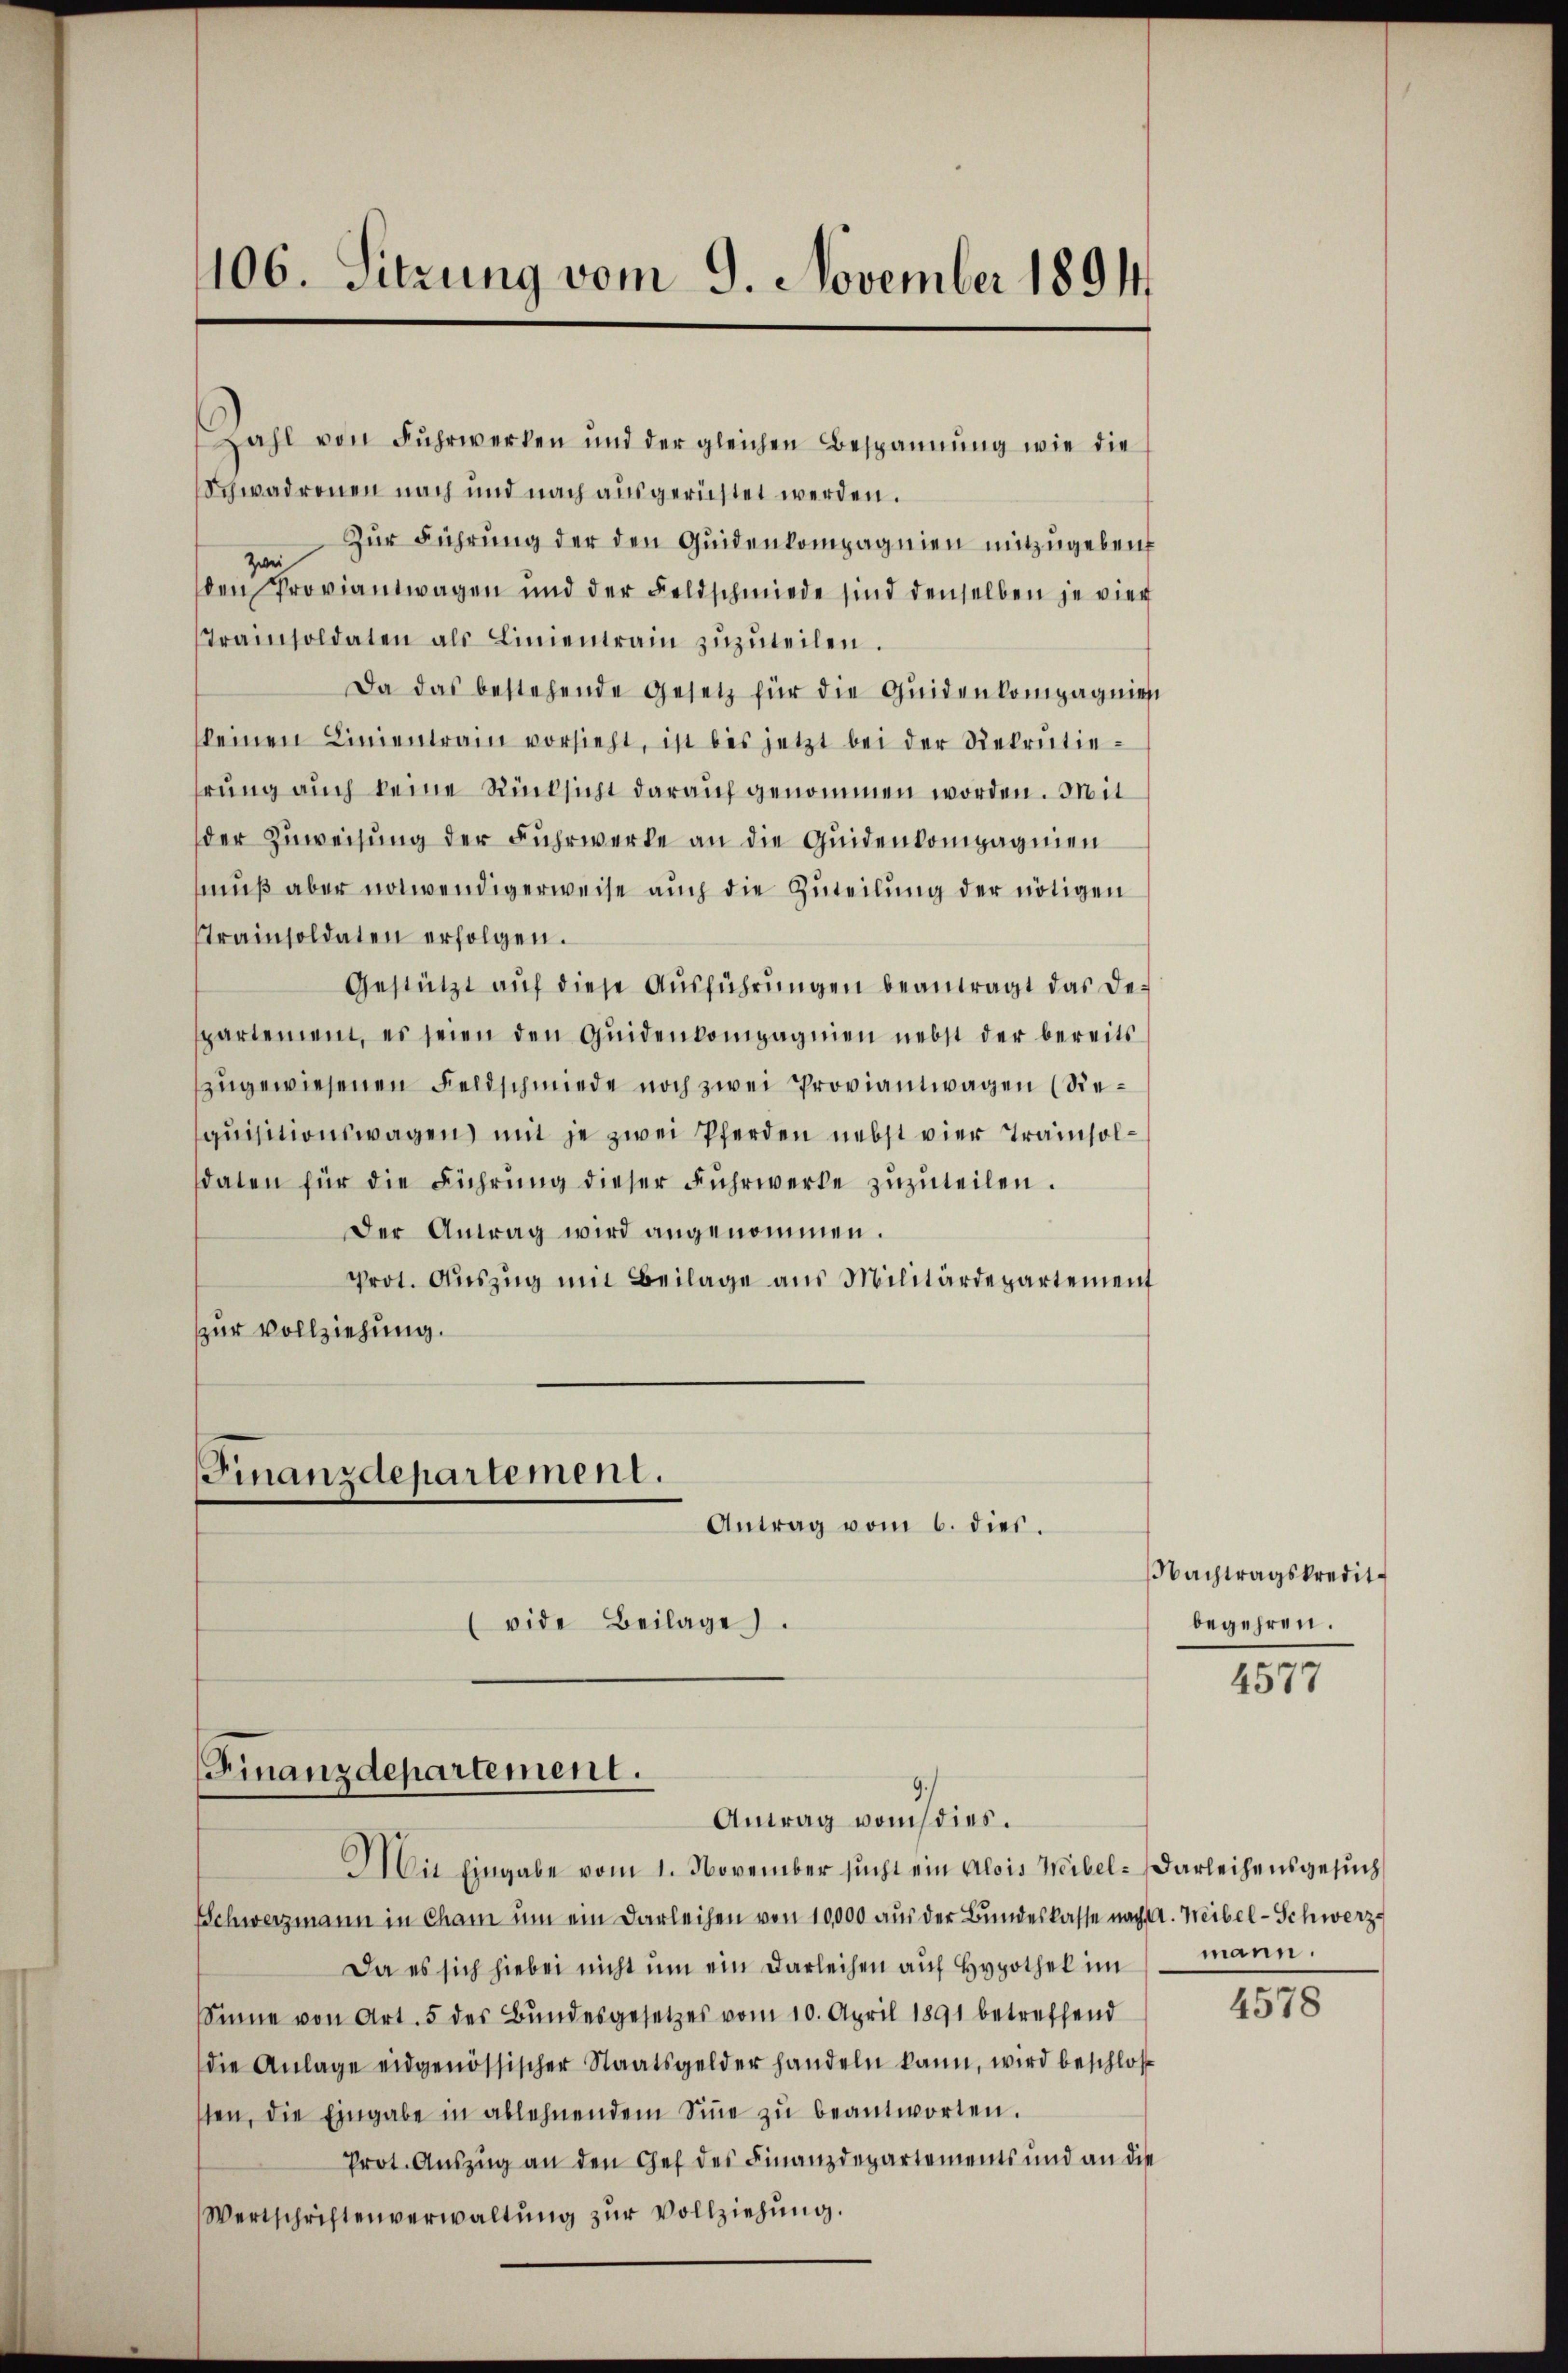
Kahl von Fuhrwerken und der gleichen Bespannung wie die
Schwadronen nach und nach ausgerichtet werden.
Zwe zur Führung der den Quidenkompagnien mitzugeben
den Proviantwagen und der Feldschmiede sind denselben je vier
Trainsoldaten als Linientrain zŭzŭteilen.
Da das bestehende Gesetz für die Quidenkompagnier
keinen Linientrain vorsieht, ist bis jetzt bei der Rekrutiehrung auch keine Rücksicht darauf genommen worden. Mit
der Zuweisung der Fuhrwerke an die Quidenkompagnien
muß aber notwendigerweise auch die Zuteilung der nötigen
Trainsoldaten erfolgen.
Gestützt aŭf diese Aŭsführŭngen beantragt das De-
spartement, es seien den Qŭidenkompagnien nebst der bereits
zugewiesenen Feldschmiede noch zwei Proviantwagen (Siequisitionswagen mit je zwei Pferden nebst vier Tramisolsdaten für die Führung dieser Fuhrwerke zuzuteilen.
Der Antrag wird angenommen.
Prot. Auszug mit Beilage aus Militärdepartement
zur Vollziehung.

106. Sitzung vom 9. November 1894

Finanzdepartement.
Antrag vom 6. dies.
(vide Beilage.

Finanzdepartement.

Mit Eingabe vom 1. November sucht ein Alois Weibel-Darleihensgesuch
Schwerzmann in Cham um ein Darleihen von 10,000 aus der Bundeskasse nach A. Weibel-Schwerz-
Da es sich hiebei nicht ŭm ein Darleihen aŭf Hypothek im mann.
Sinne von Art. 5 des Bundesgesetzes vom 10. April 1891 betreffend
die Anlage eidgenössischer Staatsgelder handeln kann, wird beschlos
sten, die Eingabe in ablehnendem Siṅe zŭ beantworten.
Prot. Auszug an den Gef des Finanzdepartements und an die
Wertschriftenverwaltŭng zŭr Vollziehŭng.

Antrag von dies.

Nachtragskredit
begehren.

4577

4578